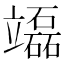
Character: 𥫌